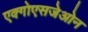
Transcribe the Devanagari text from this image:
एक्गोएसजेओन